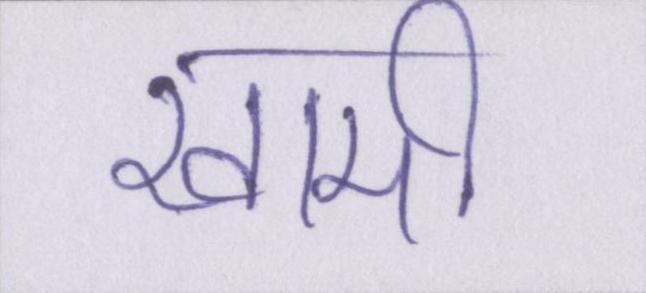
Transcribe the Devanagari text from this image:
खामी